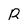
Character: R